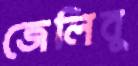
জেলিবু